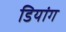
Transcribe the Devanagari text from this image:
डियांग